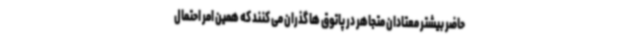
حاضر بیشتر معتادان متجاهر در پاتوق ها گذران می کنند که همین امر احتمال